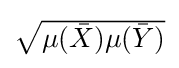
{\textstyle {\sqrt {\mu ({\bar {X}})\mu ({\bar {Y}})}}}